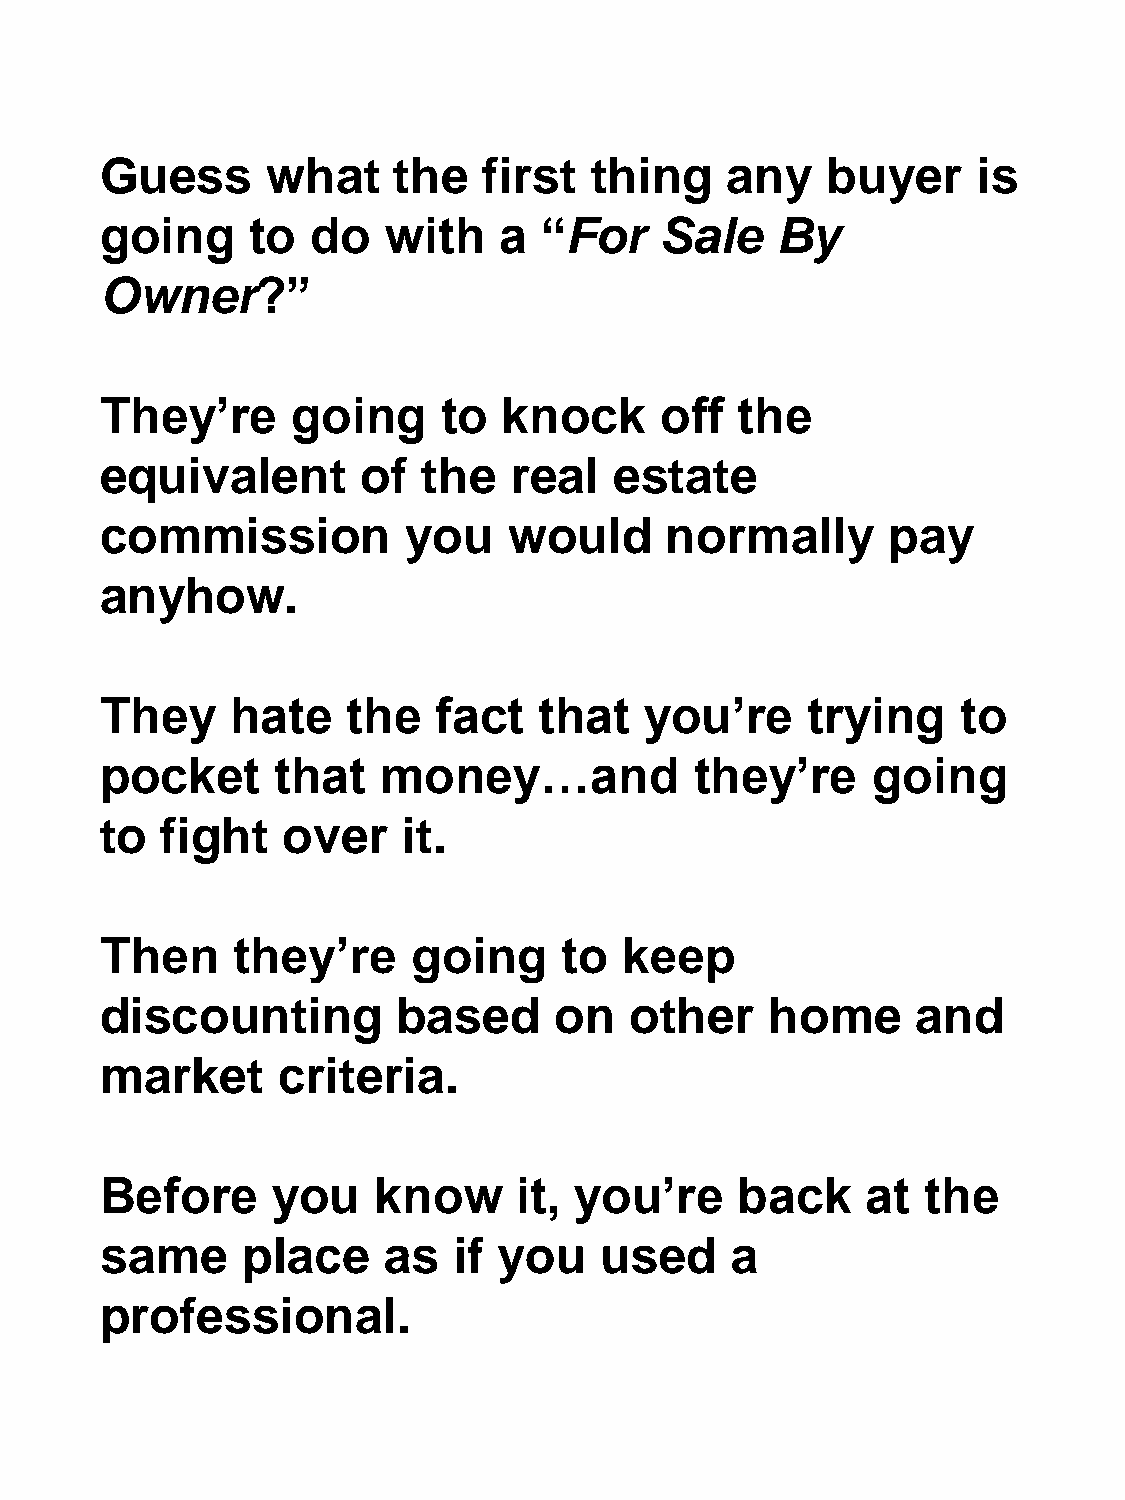
Guess      what    the   first  thing    any    buyer     is
 going     to  do   with   a  “For    Sale   By
 Owner?”
 They’re     going     to  knock      off  the
 equivalent       of  the   real   estate
 commission          you    would     normally       pay
 anyhow.
 They    hate    the   fact   that   you’re     trying    to
 pocket     that   money…and            they’re     going
 to  fight   over    it.
 Then    they’re     going     to  keep
 discounting        based      on   other    home      and
 market     criteria.
 Before     you    know     it, you’re     back    at  the
 same     place    as   if you    used    a
 professional.